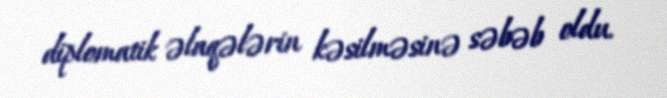
diplomatik əlaqələrin kəsilməsinə səbəb oldu.